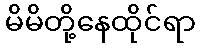
မိမိတို့နေထိုင်ရာ